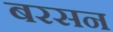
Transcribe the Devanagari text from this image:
बरसन